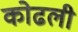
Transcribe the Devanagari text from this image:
कोढली